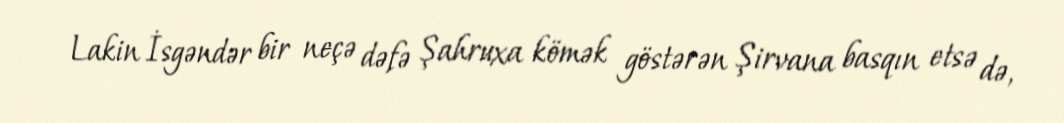
Lakin İsgəndər bir neçə dəfə Şahruxa kömək göstərən Şirvana basqın etsə də,